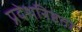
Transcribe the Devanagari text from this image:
प्रदेशनिष्ठता